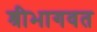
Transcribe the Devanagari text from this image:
श्रीभागवत